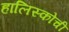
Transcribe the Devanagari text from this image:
हालिस्कोची